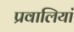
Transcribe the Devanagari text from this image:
प्रवालियां